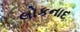
લોકનાદ